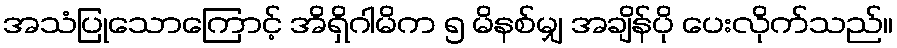
အသံပြုသောကြောင့် အိရှိဂါမိက ၅ မိနစ်မျှ အချိန်ပို ပေးလိုက်သည်။